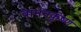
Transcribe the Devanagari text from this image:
वामनकृष्ण